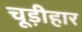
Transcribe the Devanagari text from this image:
चूड़ीहार